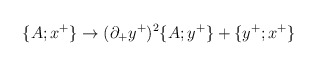
\begin{align*}\{ A; x^+ \} \rightarrow (\partial_{+} y^+)^2 \{A; y^+ \} +\{y^+; x^+ \}\end{align*}